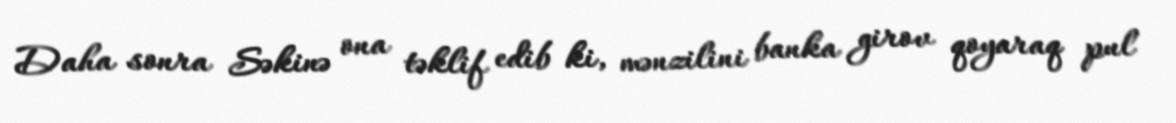
Daha sonra Səkinə ona təklif edib ki, mənzilini banka girov qoyaraq pul